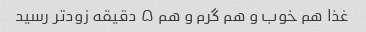
غذا هم خوب و هم گرم و هم ۵ دقیقه زودتر رسید